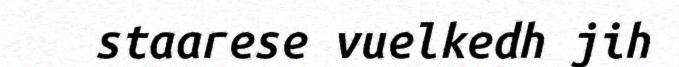
staarese vuelkedh jih